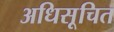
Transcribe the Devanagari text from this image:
अधिसूचित